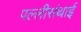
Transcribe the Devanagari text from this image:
पल्‍लीसंथाई